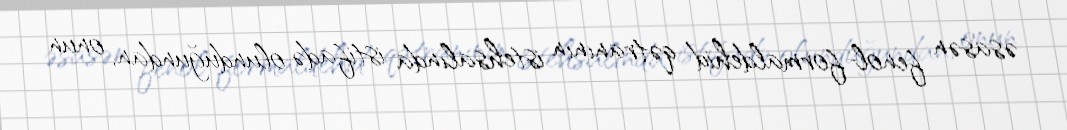
əsasən fenol-formaldehid qətranının istehsalında istifadə olunduğundan, onun